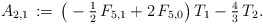
\begin{align*}A_{2,1}\,:=\,\big(-\tfrac{1}{2}\,F_{5,1}+2\,F_{5,0}\big)\,T_1-\tfrac{4}{3}\,T_2.\end{align*}